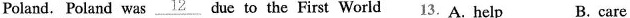
Poland. Poland was\underline{12} due to the First World 13. A. help B. care